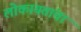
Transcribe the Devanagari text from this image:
लोकायतांचा